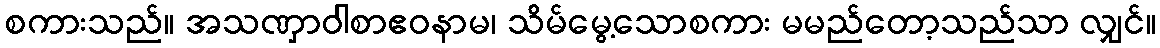
စကားသည်။ အသဏှာဝါစာဧဝနာမ၊ သိမ်မွေ့သောစကား မမည်တော့သည်သာ လျှင်။